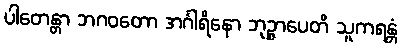
ပါတေန္တာ ဘဂဝတော အင်္ဂါရိနော ဘုဉ္ဇာပေတိ သူကရန္တံ